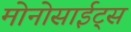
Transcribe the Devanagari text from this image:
मोनोसाईट्स